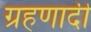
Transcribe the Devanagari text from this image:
ग्रहणादी